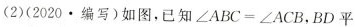
(2)(2020.编写)如图，已知$$\angle ABC=/angle ACB$$，BD平